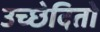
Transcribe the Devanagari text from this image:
उच्छेदितो